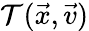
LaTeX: \mathcal{T}(\vec{x},\vec{v})